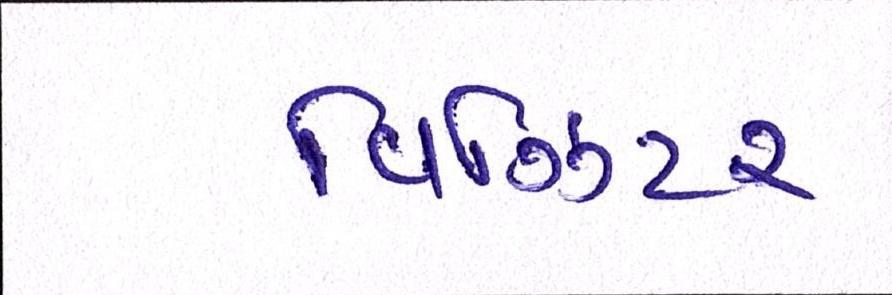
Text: વિઝિટર